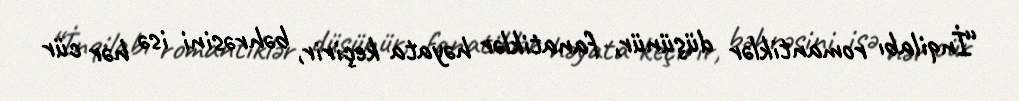
“İnqilabı romantiklər düşünür, fanatiklər həyata keçirir, bəhrəsini isə hər cür